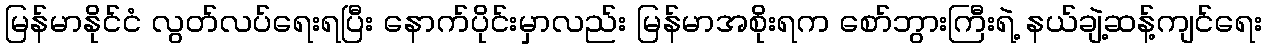
မြန်မာနိုင်ငံ လွတ်လပ်ရေးရပြီး နောက်ပိုင်းမှာလည်း မြန်မာအစိုးရက စော်ဘွားကြီးရဲ့ နယ်ချဲ့ဆန့်ကျင်ရေး